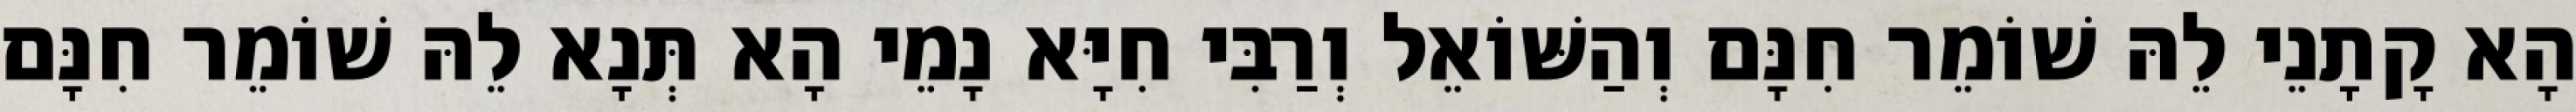
הָא קָתָנֵי לֵהּ שׁוֹמֵר חִנָּם וְהַשּׁוֹאֵל וְרַבִּי חִיָּא נָמֵי הָא תְּנָא לֵהּ שׁוֹמֵר חִנָּם